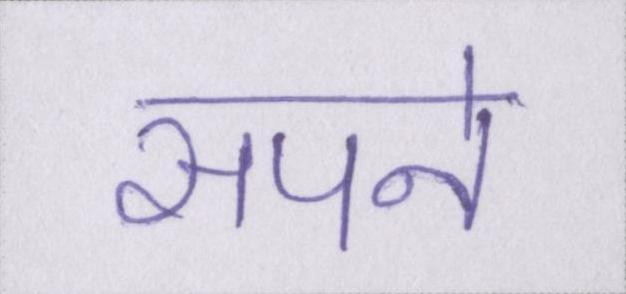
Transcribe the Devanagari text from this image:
सपने